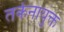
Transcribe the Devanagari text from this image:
तर्कनायुक्त